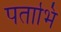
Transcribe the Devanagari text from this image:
पताभि